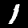
Digit: 1